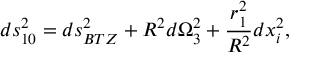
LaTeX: d s _ { 1 0 } ^ { 2 } = d s _ { B T Z } ^ { 2 } + R ^ { 2 } d \Omega _ { 3 } ^ { 2 } + { \frac { r _ { 1 } ^ { 2 } } { R ^ { 2 } } } d x _ { i } ^ { 2 } ,